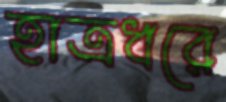
হাত্রধরে